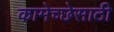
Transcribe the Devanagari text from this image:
कामेच्छेसाठी